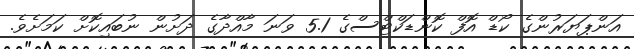
އަންޕަޔަރުންގެ ކޯޑް އޮފް ކޮންޑަކްޓްސްގެ 5.1 ވަނަ މާއްދާގެ ދަށުން ނުބައިކޮށް ކަމަށެވެ.